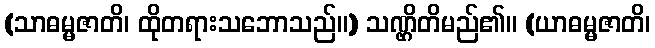
(သာဓမ္မဇာတိ၊ ထိုတရားသဘောသည်။) သဏ္ဌိတိမည်၏။ (ယာဓမ္မဇာတိ၊